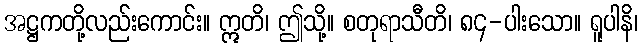
အဋ္ဌကတို့လည်းကောင်း။ ဣတိ၊ ဤသို့။ စတုရာသီတိ၊ ၈၄-ပါးသော။ ရူပါနိ၊